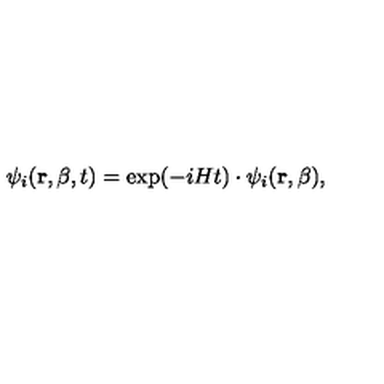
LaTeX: \psi _ { i } ( { \bf r } , \beta , t ) = \exp ( - i H t ) \cdot \psi _ { i } ( { \bf r } , \beta ) ,